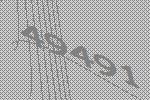
49491